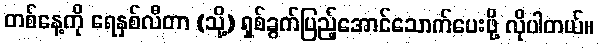
တစ်နေ့ကို ရေနှစ်လီတာ (သို့) ရှစ်ခွက်ပြည့်အောင်သောက်ပေးဖို့ လိုပါတယ်။